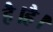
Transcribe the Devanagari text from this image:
है।है।